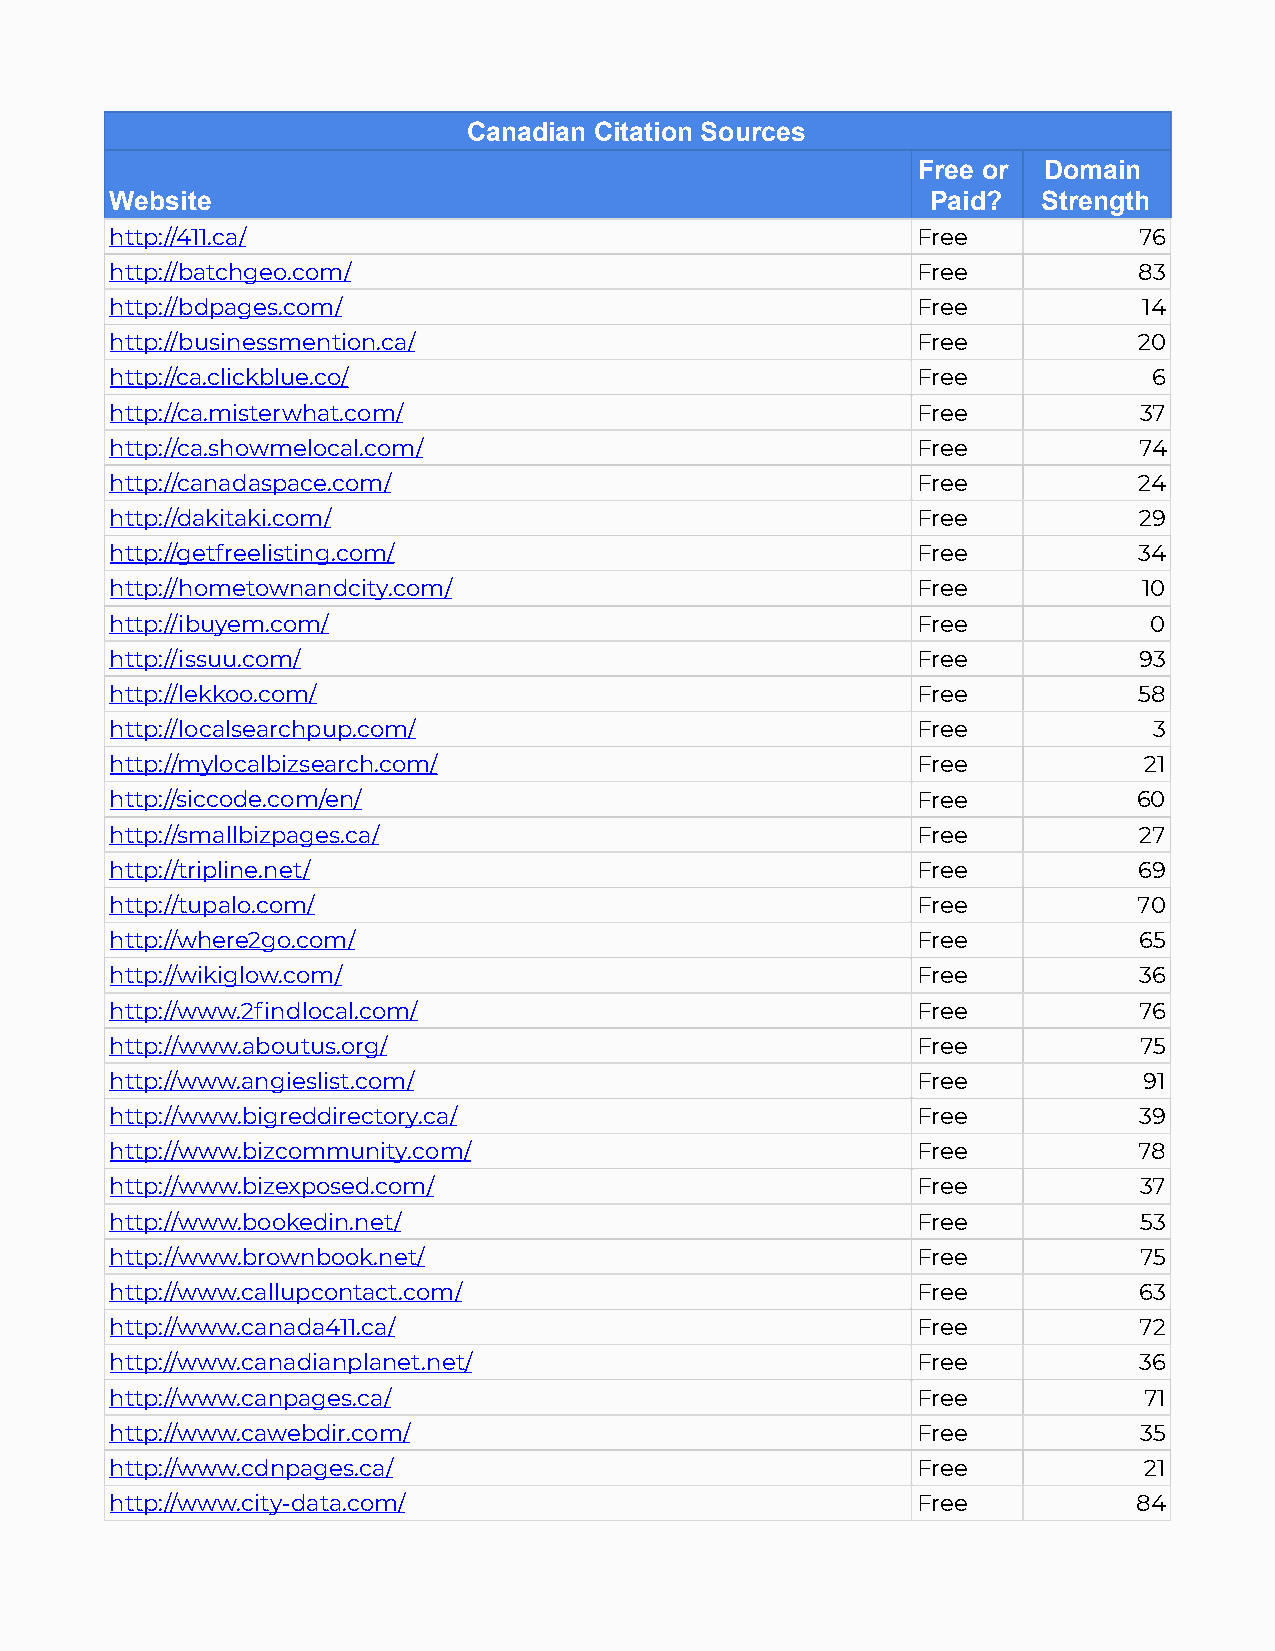
Canadian Citation Sources
 Free or Domain
 Website                                                Paid?  Strength
 http://411.ca/                                        Free          76
 http://batchgeo.com/                                  Free          83
 http://bdpages.com/                                   Free           14
 http://businessmention.ca/                            Free          20
 http://ca.clickblue.co/                               Free           6
 http://ca.misterwhat.com/                             Free          37
 http://ca.showmelocal.com/                            Free          74
 http://canadaspace.com/                               Free          24
 http://dakitaki.com/                                  Free          29
 http://getfreelisting.com/                            Free          34
 http://hometownandcity.com/                           Free           10
 http://ibuyem.com/                                    Free           0
 http://issuu.com/                                     Free          93
 http://lekkoo.com/                                    Free          58
 http://localsearchpup.com/                            Free           3
 http://mylocalbizsearch.com/                          Free           21
 http://siccode.com/en/                                Free          60
 http://smallbizpages.ca/                              Free          27
 http://tripline.net/                                  Free          69
 http://tupalo.com/                                    Free          70
 http://where2go.com/                                  Free          65
 http://wikiglow.com/                                  Free          36
 http://www.2findlocal.com/                            Free          76
 http://www.aboutus.org/                               Free          75
 http://www.angieslist.com/                            Free           91
 http://www.bigreddirectory.ca/                        Free          39
 http://www.bizcommunity.com/                          Free          78
 http://www.bizexposed.com/                            Free          37
 http://www.bookedin.net/                              Free          53
 http://www.brownbook.net/                             Free          75
 http://www.callupcontact.com/                         Free          63
 http://www.canada411.ca/                              Free          72
 http://www.canadianplanet.net/                        Free          36
 http://www.canpages.ca/                               Free           71
 http://www.cawebdir.com/                              Free          35
 http://www.cdnpages.ca/                               Free           21
 http://www.city-data.com/                             Free          84